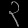
Digit: ၃